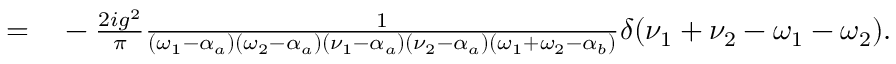
\begin{array} { r l } { = } & { { } - \frac { 2 i g ^ { 2 } } { \pi } \frac { 1 } { ( \omega _ { 1 } - \alpha _ { a } ) ( \omega _ { 2 } - \alpha _ { a } ) ( \nu _ { 1 } - \alpha _ { a } ) ( \nu _ { 2 } - \alpha _ { a } ) ( \omega _ { 1 } + \omega _ { 2 } - \alpha _ { b } ) } \delta ( \nu _ { 1 } + \nu _ { 2 } - \omega _ { 1 } - \omega _ { 2 } ) . } \end{array}